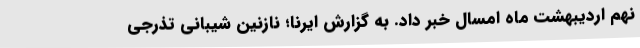
نهم اردیبهشت ماه امسال خبر داد. به گزارش ایرنا؛ نازنین شیبانی تذرجی